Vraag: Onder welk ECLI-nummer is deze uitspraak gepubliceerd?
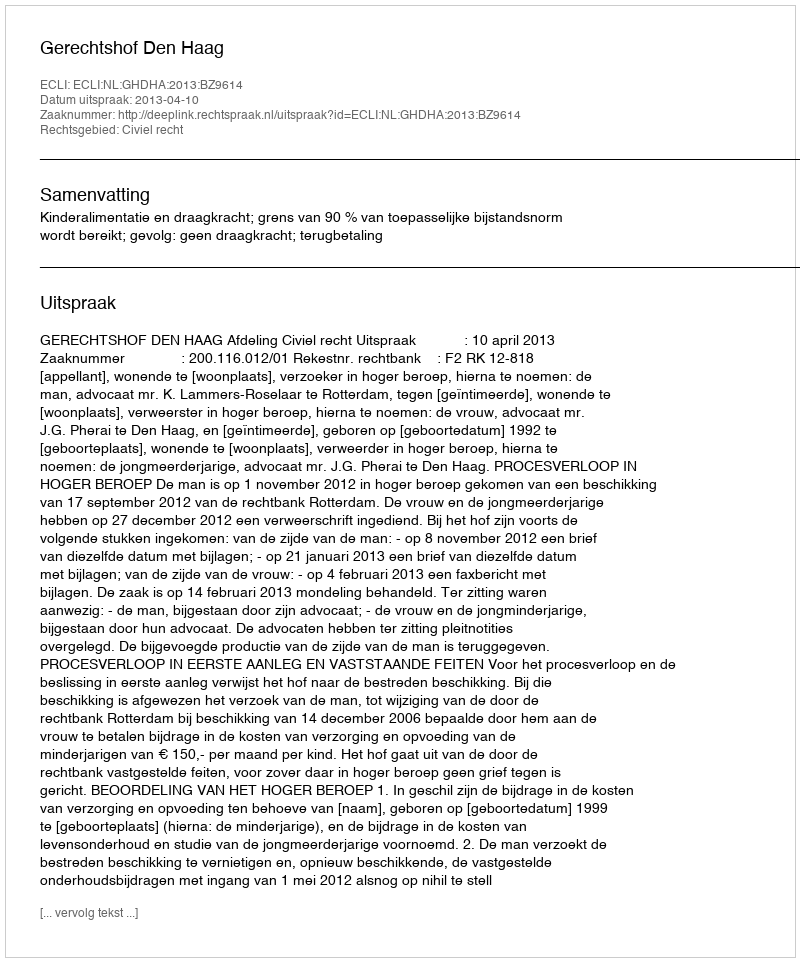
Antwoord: ECLI:NL:GHDHA:2013:BZ9614